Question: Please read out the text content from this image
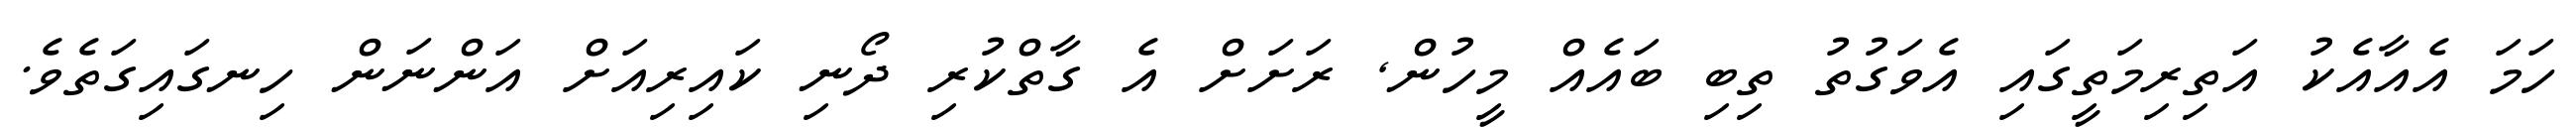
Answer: ހަމަ އެއާއެކު އަތިރިމަތީގައި އެވަގުތު ތިބި ބައެއް މީހުން, ރަށަށް އެ ގާތްކުރި ދޯނި ކައިރިއަށް އަންނަން ހިނގައިގަތެވެ.